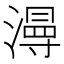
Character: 𱨮